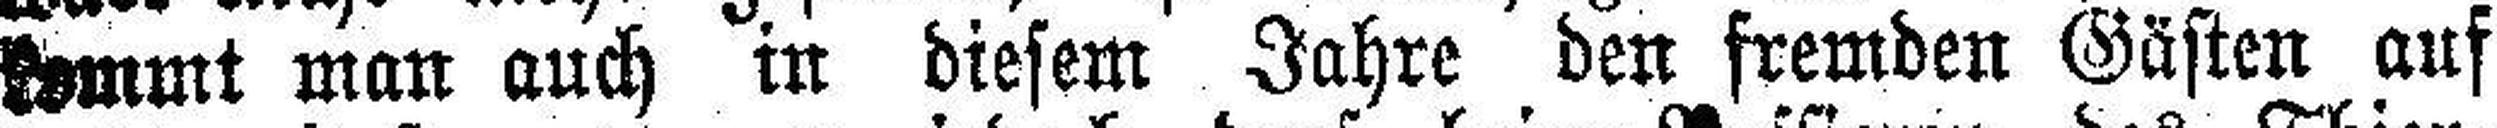
kommt man auch in diesem Jahre den fremden Gästen auf